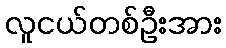
လူငယ်တစ်ဦးအား